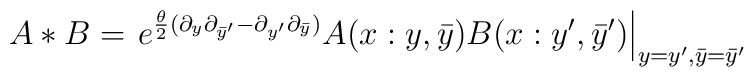
A * B = \left.e^{\frac{\theta}{2}(\partial_y\partial_{\bar{y}'}-\partial_{y'}\partial_{\bar{y}})} A(x: y,\bar y) B(x:y',\bar y')\right|_{y=y',\bar y=\bar y'}